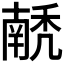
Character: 𰨵